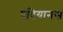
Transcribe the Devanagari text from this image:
एपियानस